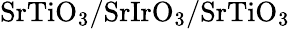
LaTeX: \mathrm{SrTiO_{3}/SrIrO_{3}/SrTiO_{3}}